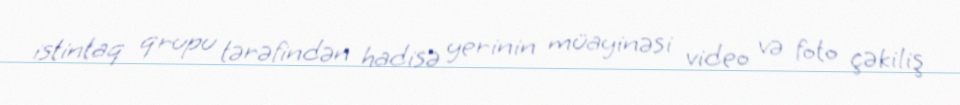
istintaq qrupu tərəfindən hadisə yerinin müayinəsi video və foto çəkiliş